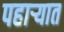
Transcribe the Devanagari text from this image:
पहार्‍यात